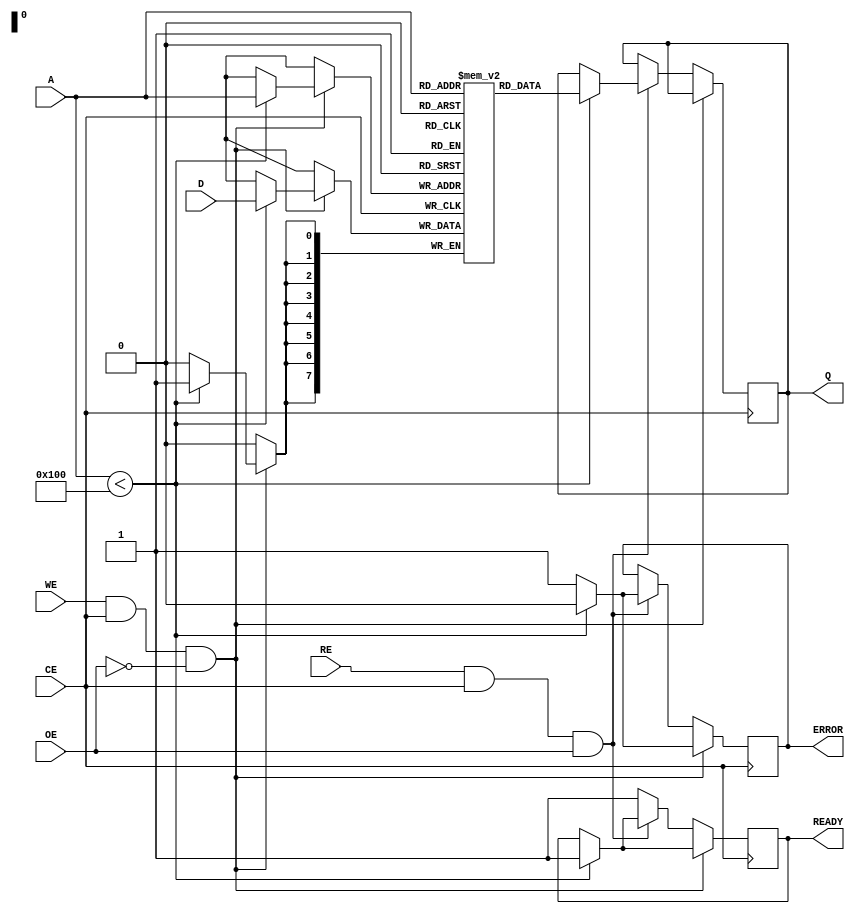
module iob_nor_flash #(
    parameter DATA_WIDTH = 8,
    parameter ADDR_WIDTH = 8
)(
    input wire WE,            // Write Enable
    input wire RE,            // Read Enable
    input wire CE,            // Chip Enable
    input wire OE,            // Output Enable
    input wire [ADDR_WIDTH-1:0] A, // Address Inputs
    input wire [DATA_WIDTH-1:0] D, // Data Inputs
    output reg [DATA_WIDTH-1:0] Q, // Data Outputs
    output reg READY,         // Ready signal
    output reg ERROR          // Error signal
);

    // Memory array (for simplicity, a small size is defined)
    reg [DATA_WIDTH-1:0] memory [(1 << ADDR_WIDTH)-1:0];

    // State for read/write operations
    reg [1:0] state;
    localparam IDLE = 2'b00;
    localparam READ = 2'b01;
    localparam WRITE = 2'b10;
    localparam ERASE = 2'b11;

    // Process for Memory Operations
    always @(posedge CE) begin
        if (WE && CE && !OE) begin // Write operation
            if (A < (1 << ADDR_WIDTH)) begin
                memory[A] <= D;       // Write data
                READY <= 1;          // Indicate readiness
                ERROR <= 0;          // Clear error
                state <= WRITE;      // Set state to WRITE
            end else begin              // Invalid address
                ERROR <= 1;            // Set error
            end
        end else if (RE && CE && OE) begin // Read operation
            if (A < (1 << ADDR_WIDTH)) begin
                Q <= memory[A];      // Read data
                READY <= 1;          // Indicate readiness
                ERROR <= 0;          // Clear error
                state <= READ;       // Set state to READ
            end else begin              // Invalid address
                ERROR <= 1;            // Set error
            end
        end else begin
            READY <= 1;                // If no operation, ready
            state <= IDLE;             // Set to idle state
        end
    end

    // Optional: Error Handling - could be expanded with more complex conditions
    always @(posedge CE) begin
        if (state == WRITE && ERROR) 
            // Additional processing for errors in write could be here
            $display("Write Error at address %h", A);
        if (state == READ && ERROR) 
            // Additional processing for errors in read could be here
            $display("Read Error at address %h", A);
    end

endmodule